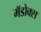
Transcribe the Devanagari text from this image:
मॅडोक्स